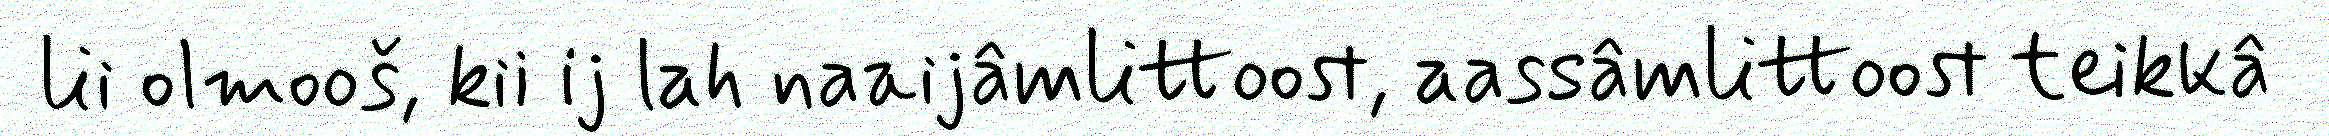
lii olmooš, kii ij lah naaijâmlittoost, aassâmlittoost teikkâ